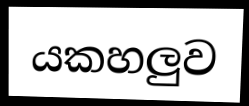
යකහලුව